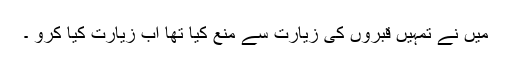
میں نے تمہیں قبروں کی زیارت سے منع کیا تھا اب زیارت کیا کرو ۔